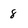
Character: 8